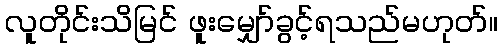
လူတိုင်းသိမြင် ဖူးမျှော်ခွင့်ရသည်မဟုတ်။